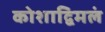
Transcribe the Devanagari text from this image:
कोशाद्विमलं